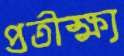
প্রতীক্ষ্য